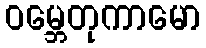
ဝမ္ဘေတုကာမော